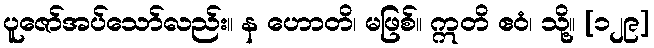
ပူဇော်အပ်သော်လည်း။ န ဟောတိ၊ မဖြစ်။ ဣတိ ဧဝံ၊ သို့။ [၁၂၉]